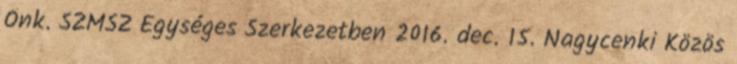
Önk. SZMSZ Egységes Szerkezetben 2016. dec. 15. Nagycenki Közös